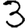
Digit: 3